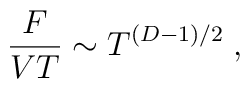
{F\over VT} \sim T^{(D-1)/2} \; ,